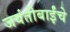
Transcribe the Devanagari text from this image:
जयंतीबाईंचे